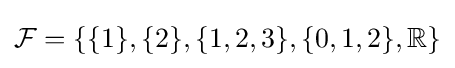
{\mathcal {F}}=\{\{1\},\{2\},\{1,2,3\},\{0,1,2\},\mathbb {R} \}